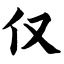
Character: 仅